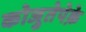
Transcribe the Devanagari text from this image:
कोजुतेपेक़े